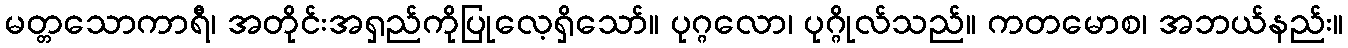
မတ္တသောကာရီ၊ အတိုင်းအရှည်ကိုပြုလေ့ရှိသော်။ ပုဂ္ဂလော၊ ပုဂ္ဂိုလ်သည်။ ကတမောစ၊ အဘယ်နည်း။